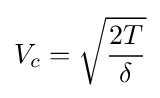
V_{c}={\sqrt {\frac {2T}{\delta }}}